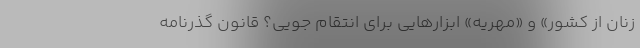
زنان از کشور» و «مهریه» ابزارهایی برای انتقام جویی؟ قانون گذرنامه